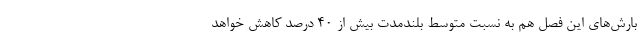
بارش‌های این فصل هم به نسبت متوسط بلندمدت بیش از ۴۰ درصد کاهش خواهد